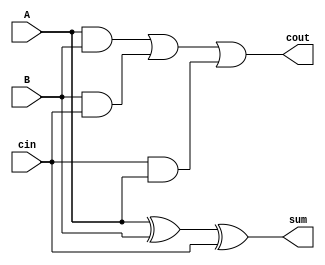
module fulladder(
    input  A,
    input  B,
    input cin,
    output  sum,
    output cout
    );
    assign sum=A^B^cin;
    assign cout=(A&B)|(B&cin)|(cin&A);
endmodule

module rca32 #(parameter n = 32) (
    input [n - 1:0] R,
    input [n - 1:0] T,
    input Cin,
    output [n - 1:0] sum,
    output Cout,
    output OF
);
wire [n - 1 : 0]c;

genvar i;
fulladder fa0(R[0],T[0],Cin,sum[0],c[0]);

generate
    for (i = 1; i < n; i = i + 1) begin
        fulladder fa(R[i],T[i],c[i - 1],sum[i],c[i]);
    end
endgenerate
assign Cout = c[n - 1];
assign OF = ~(R[n - 1] ^ T[n - 1]) & (c[n - 1] ^ c[n - 2]);
endmodule

module cbpa #(parameter n = 32)(
    input [n - 1:0] R,
    input [n - 1:0] T,
    input Cin,
    output [n - 1:0] sum,
    output Cout,
    output OF
    );
    integer j;
    wire [n - 1:0] p;
    wire rippleCout;
    wire sel;
    rca32 #(n) rippleCarry (R, T, Cin, sum, rippleCout, OF);
    assign p = R ^ T;
    assign sel = &p;
    assign Cout = (sel & Cin) | (~sel & rippleCout);
endmodule